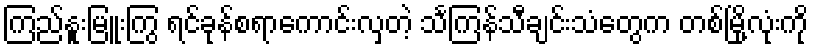
ကြည်နူးမြူးကြွ ရင်ခုန်စရာကောင်းလှတဲ့ သင်္ကြန်သီချင်းသံတွေက တစ်မြို့လုံးကို